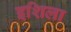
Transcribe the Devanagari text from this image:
इशिला